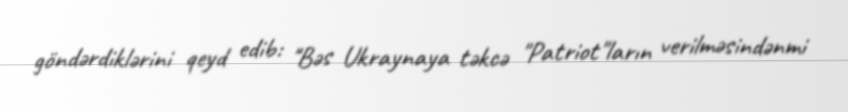
göndərdiklərini qeyd edib: "Bəs Ukraynaya təkcə "Patriot"ların verilməsindənmi